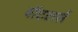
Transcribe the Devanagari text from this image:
बॉटलर्स